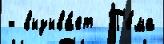
- вызыва́ет  Т'е́ма